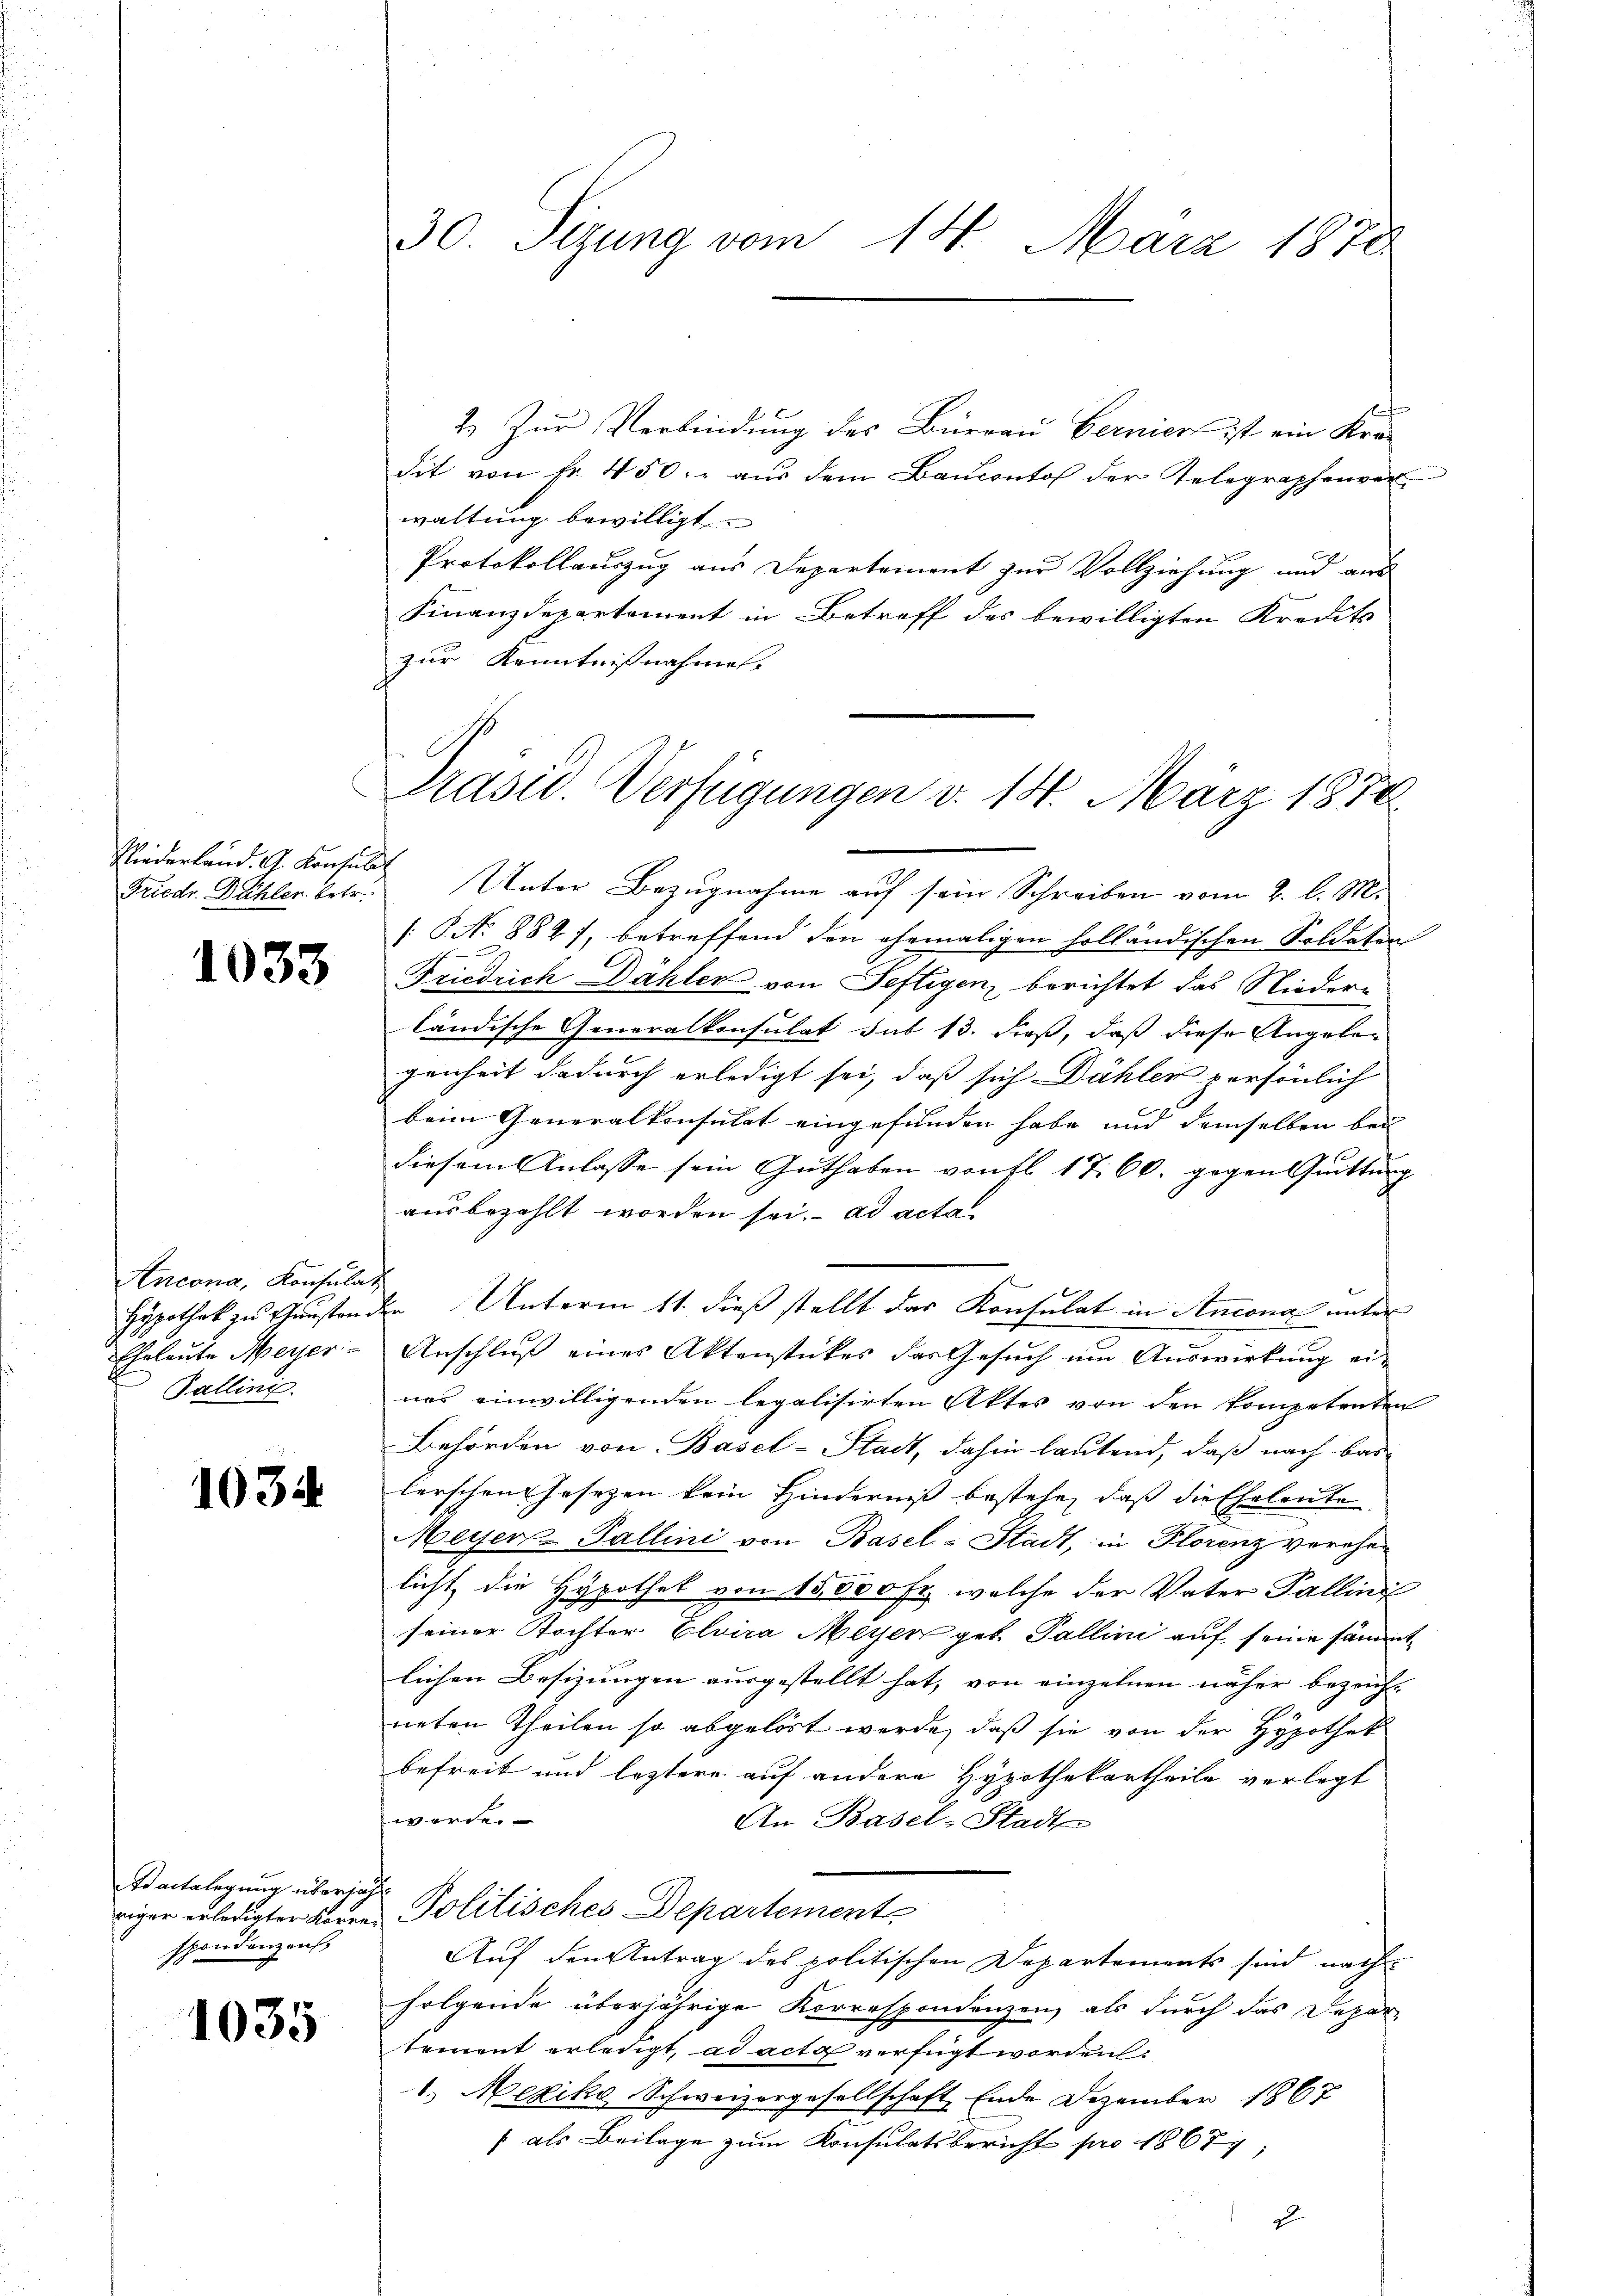
Niederland. G. Konsun
Friedr. Dählen betr.

1033

Ancona, Konsulat
Hypothek zu Gunsten
Eheleute Meyer
Fallini.

1034

Baitalegung überzähl
riger erledigter Korre
spondenzans,

1035

30. Sizung vom 14. März 1878

2. Zur Verbindung des Bürrau Bernier ist ein Kre-
dit von Fr. 450. - aus dem Baŭconto der Telegraphenverwaltung bewilligt
Protokollauszug aus Departement zur Vollziehung und aus
Finanzdepartement in Betreff des bewilligten Kredits
zur Kenntnißnahmen.

Präsid. Verfügungen d. 14. März 1870
h
 Unter Bezugnahme auf sein Schreiben vom 2. l. M.

[S No 882), betreffend den ehemaligen holländischen Soldaten
Friedrich Dähler von Seftigen, berichtet das Nieder-
ländische Generalkonsulat sub 13. dieß, daß diese Angelegenheit dadurch erledigt sei, daß sich Dähler persönlich
beim Generalkonsulat eingefunden habe und demselben bei
diesem Anlasse sein Guthaben von fl. 17. 60. gegen Quittung
ausbezahlt worden sei. ad acta
2. Unterm 11. dieß stellt das Konsulat in Ancona unter
Anschluß eines Aktenstückes das Gesuch um Auswirkung eines einwilligenden legalisirten Aktes von den kompetenten
Behörden von Basel-Stadt, dahin lautend, daß nach Bas
lerschen Gesezen kein Hinderniß bestehe, daß die Eheleute
Meyer-Pallini von Basel-Stadt, in Florenz verehelicht die Hypothek von 15500 Fr., welche der Vater Pallini
seiner Tochter Eluira Meyer geb Pallini auf seine sämmtlichen Besizungen ausgestellt hat, von einzelnen näher bezeicht
I
neten Theilen so abgelöst werde, daß sie von der Hypothek
befreit und leztere auf andere Hypothekartheile verlegt
werde.
An Basel-Stadt
Politisches Departement
Aŭf den Antrag des politischen Departements sind nach
folgende überjährige Korrespondenzen, als durch das Departement erledigt, ad acta verfügt worden.
1.) Mexiko Schweizergesellschaft, Ende Dezember 1867
/ als Beilage zum Konsulatsbericht pro 1867
2